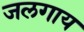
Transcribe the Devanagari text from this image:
जलगाय